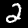
Digit: 2